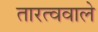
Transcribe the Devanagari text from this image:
तारत्ववाले